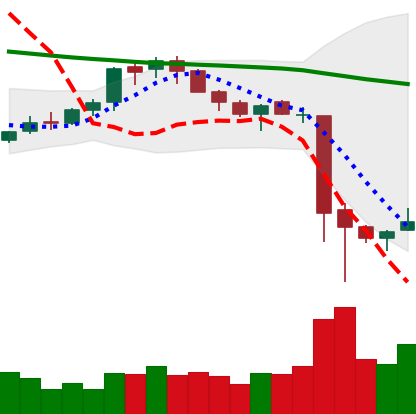
Ticker: XMR-USD
Chart end date: 2018-11-18
Forward return: -25.467%
Label: down_7plus